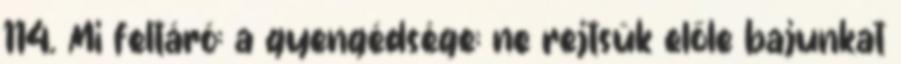
114. Mi feltáró: a gyengédsége; ne rejtsük előle bajunkat